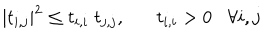
LaTeX: | t _ { i , j } | ^ { 2 } \leq t _ { i , i } \; t _ { j , j } , t _ { i , i } > 0 \forall i , j